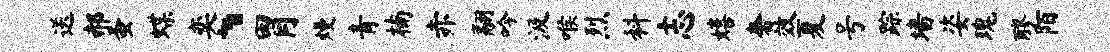
送郝蚤蝶奕、胃熳青楠赤翮吟汲喉烈料志嬉奢效夏号踪墙姿瑰醪陌